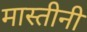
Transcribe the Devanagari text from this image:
मास्तीनी